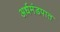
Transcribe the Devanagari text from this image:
अर्धमंडपात